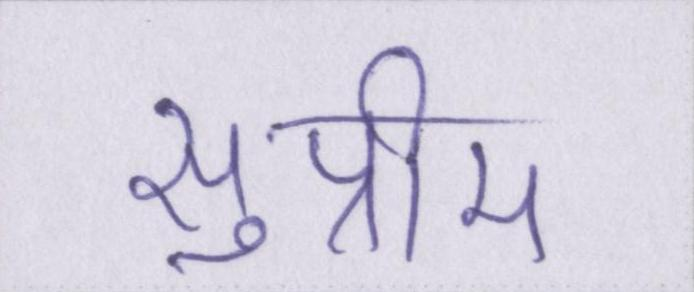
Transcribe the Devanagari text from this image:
सुप्रीम